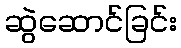
ဆွဲဆောင်ခြင်း